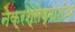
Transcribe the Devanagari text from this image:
नेक्रश्लेष्माशोथ